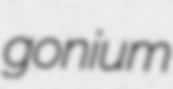
gonium